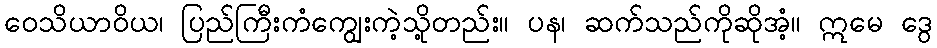
ဝေသိယာဝိယ၊ ပြည်ကြီးကံကျွေးကဲ့သို့တည်း။ ပန၊ ဆက်သည်ကိုဆိုအံ့။ ဣမေ ဒွေ